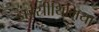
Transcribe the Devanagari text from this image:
डाईस्रीथिमिया